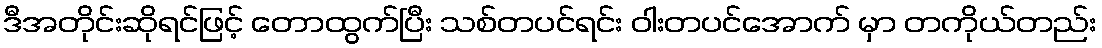
ဒီအတိုင်းဆိုရင်ဖြင့် တောထွက်ပြီး သစ်တပင်ရင်း ဝါးတပင်အောက် မှာ တကိုယ်တည်း